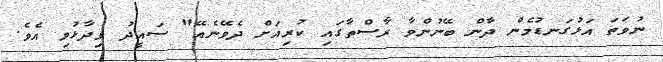
ނުވަތަ އަޅުގަނޑުމެން ދާން ބޭނުންވާ ރާސްތާގައި ކުރިއަށް ދެވޭނެއޭ" ސައީދު ވިދާޅުވި އެވެ.